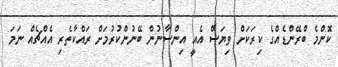
ކޮންމެ ބްރޭންޑެއްގެ ކިރަކަށް ވިޔަސް އެއީ އިންސާނުން ބޭނުންކުރުމަށް ރައްކާތެރި އެއްޗެއް ނަމަ